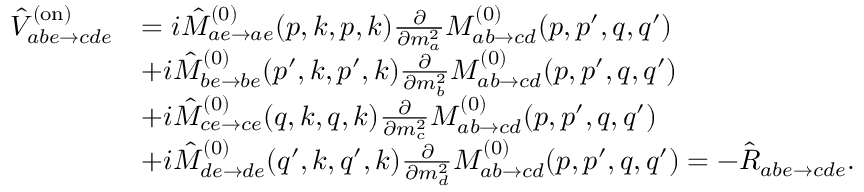
\begin{array} { r l } { \hat { V } _ { a b e \to c d e } ^ { ( \mathrm { o n } ) } } & { = i \hat { M } _ { a e \to a e } ^ { ( 0 ) } ( p , k , p , k ) \frac { \partial } { \partial m _ { a } ^ { 2 } } M _ { a b \to c d } ^ { ( 0 ) } ( p , p ^ { \prime } , q , q ^ { \prime } ) } \\ & { + i \hat { M } _ { b e \to b e } ^ { ( 0 ) } ( p ^ { \prime } , k , p ^ { \prime } , k ) \frac { \partial } { \partial m _ { b } ^ { 2 } } M _ { a b \to c d } ^ { ( 0 ) } ( p , p ^ { \prime } , q , q ^ { \prime } ) } \\ & { + i \hat { M } _ { c e \to c e } ^ { ( 0 ) } ( q , k , q , k ) \frac { \partial } { \partial m _ { c } ^ { 2 } } M _ { a b \to c d } ^ { ( 0 ) } ( p , p ^ { \prime } , q , q ^ { \prime } ) } \\ & { + i \hat { M } _ { d e \to d e } ^ { ( 0 ) } ( q ^ { \prime } , k , q ^ { \prime } , k ) \frac { \partial } { \partial m _ { d } ^ { 2 } } M _ { a b \to c d } ^ { ( 0 ) } ( p , p ^ { \prime } , q , q ^ { \prime } ) = - \hat { R } _ { a b e \to c d e } . } \end{array}